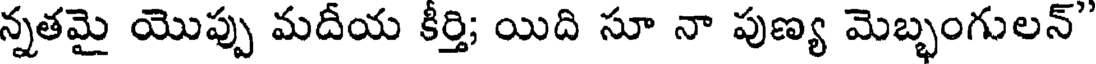
న్నతమై యొప్పు మదీయ కీర్తి; యిది సూ నా పుణ్య మెబ్భంగులన్'